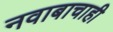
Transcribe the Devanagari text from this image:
नवाबाचाही